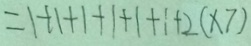
= 1 + 1 + 1 + 1 + 1 + 1 + 2 ( \times 7 )